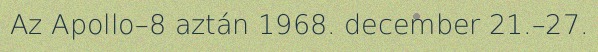
Az Apollo–8 aztán 1968. december 21.–27.